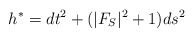
\begin{align*}h^*= dt^2 + ( | F_S |^2 + 1) ds^2\end{align*}